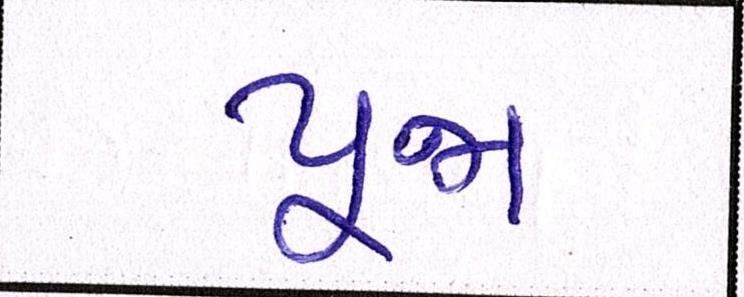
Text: પૂજા